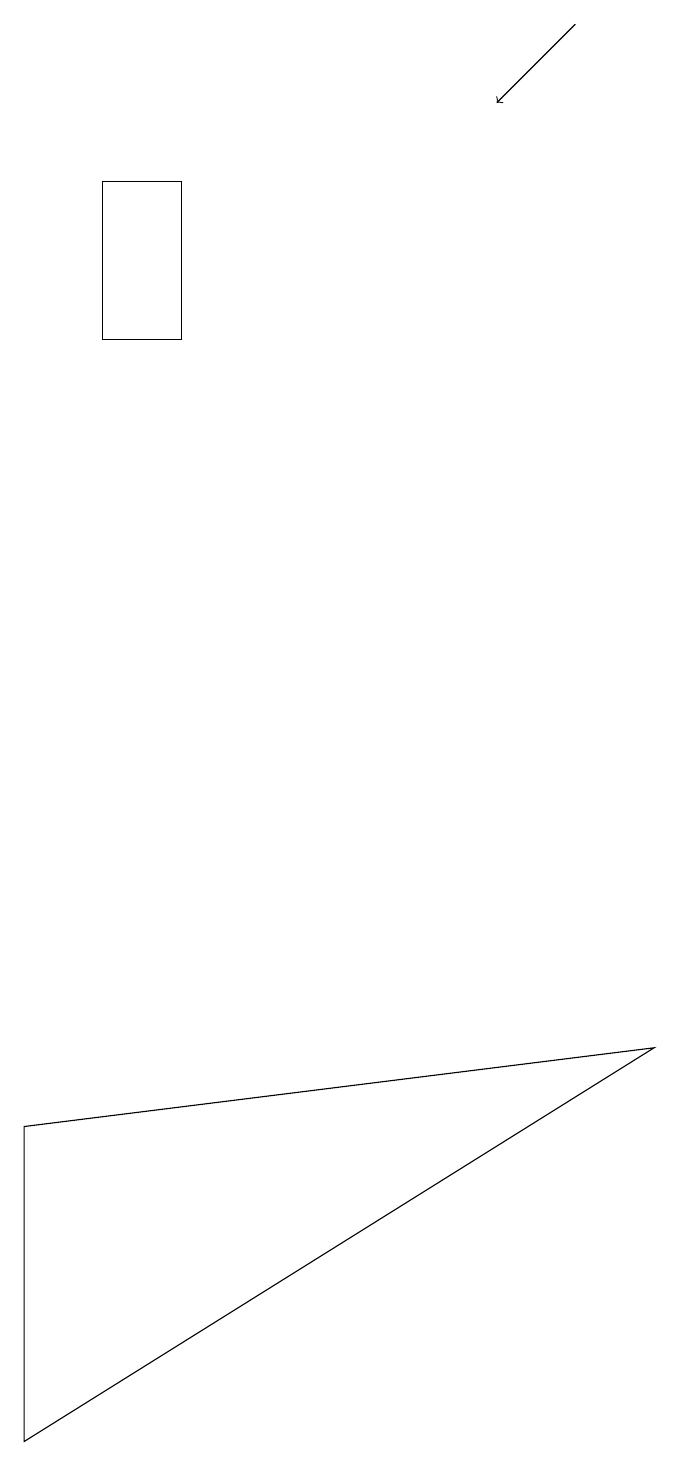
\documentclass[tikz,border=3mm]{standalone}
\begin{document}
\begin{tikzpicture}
\draw[->] (7,18) -- (6,17);
\draw (2,16) rectangle (1,14);
\draw (0,4) -- (8,5) -- (0,0) -- cycle;
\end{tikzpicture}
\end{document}